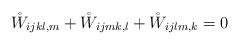
LaTeX: \begin{align*}\mathring{W}_{ijkl,m}+\mathring{W}_{ijmk,l}+\mathring{W}_{ijlm,k}=0\end{align*}